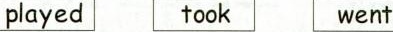
payed took went